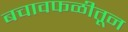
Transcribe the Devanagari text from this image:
बचावफळीतून